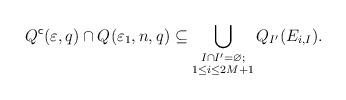
LaTeX: \begin{align*}Q_{}^{\mathsf{c}}(\varepsilon, q)\cap Q_{}(\varepsilon_{1},n,q)\subseteq \bigcup_{\substack{I\cap I'=\varnothing; \\ 1\leq i\leq 2M+1}}Q_{I'}(E_{i,I}).\end{align*}